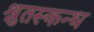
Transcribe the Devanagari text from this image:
श्रुतस्कन्ध